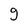
Character: g